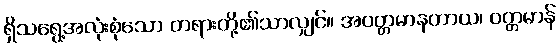
ရှိသရွေ့အလုံးစုံသော တရားတို့၏သာလျှင်။ အဝတ္တမာနတာယ၊ ဝတ္တမာန်